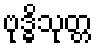
ဗုဒ္ဓိသုတ္တ